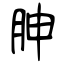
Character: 胂